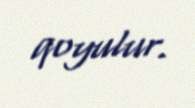
qoyulur.